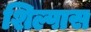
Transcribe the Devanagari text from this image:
शिल्पास